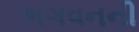
ભગવનની